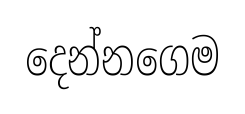
දෙන්නගෙම